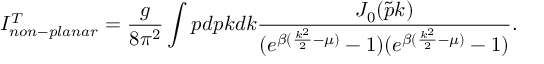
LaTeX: I _ { n o n - p l a n a r } ^ { T } = \frac { g } { 8 \pi ^ { 2 } } \int p d p k d k \frac { J _ { 0 } ( \tilde { p } k ) } { ( e ^ { \beta ( \frac { k ^ { 2 } } { 2 } - \mu ) } - 1 ) ( e ^ { \beta ( \frac { k ^ { 2 } } { 2 } - \mu ) } - 1 ) } .